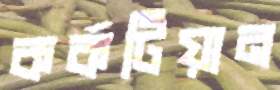
কর্কটিয়ান